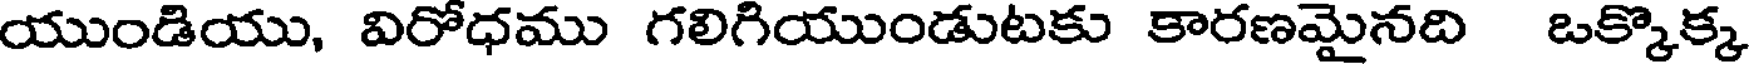
యుండియు, విరోధము గలిగియుండుటకు కారణమైనది ఒక్కొక్క